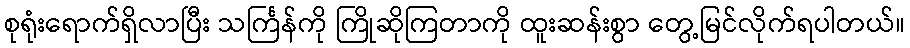
စုရုံးရောက်ရှိလာပြီး သင်္ကြန်ကို ကြိုဆိုကြတာကို ထူးဆန်းစွာ တွေ့မြင်လိုက်ရပါတယ်။